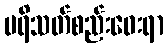
ပရိသတ်စည်းဝေးရာ